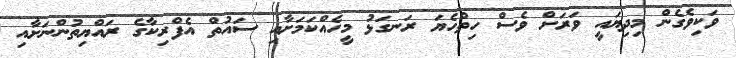
ވަކިވެގެން މިދިޔައީ ވަރަށް ވެސް ހިތްހެޔަ ރަނގަޅު މީހެއްކަމަށާއި ސައުތް އެފްރިކާގެ ރައްޔިތުންނަށާއި